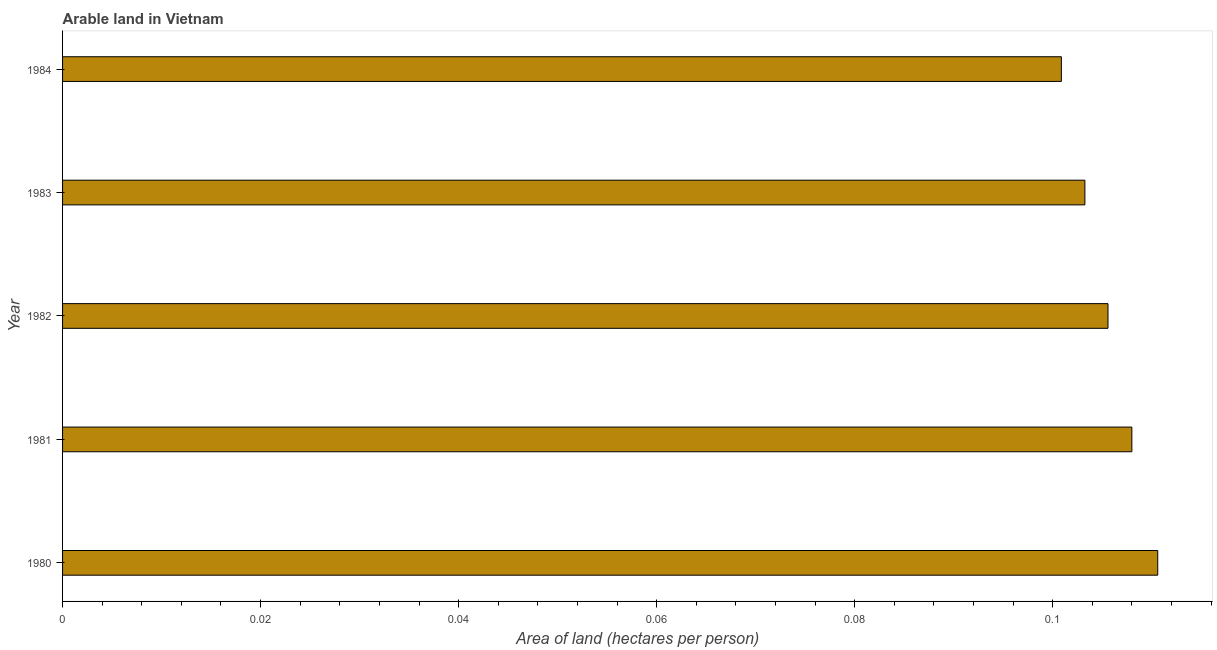
| Year | Arable land |
 | --- | --- |
 | 1980 | 0.111 |
 | 1981 | 0.108 |
 | 1982 | 0.106 |
 | 1983 | 0.103 |
 | 1984 | 0.101 |